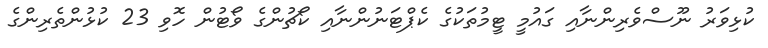
ކުޅިވަރު ނޫސްވެރިންނާއި ގައުމީ ޓީމުތަކުގެ ކެޕްޓަނުންނާއި ކޯޗުންގެ ވޯޓުން ހޮވި 23 ކުޅުންތެރިންގެ